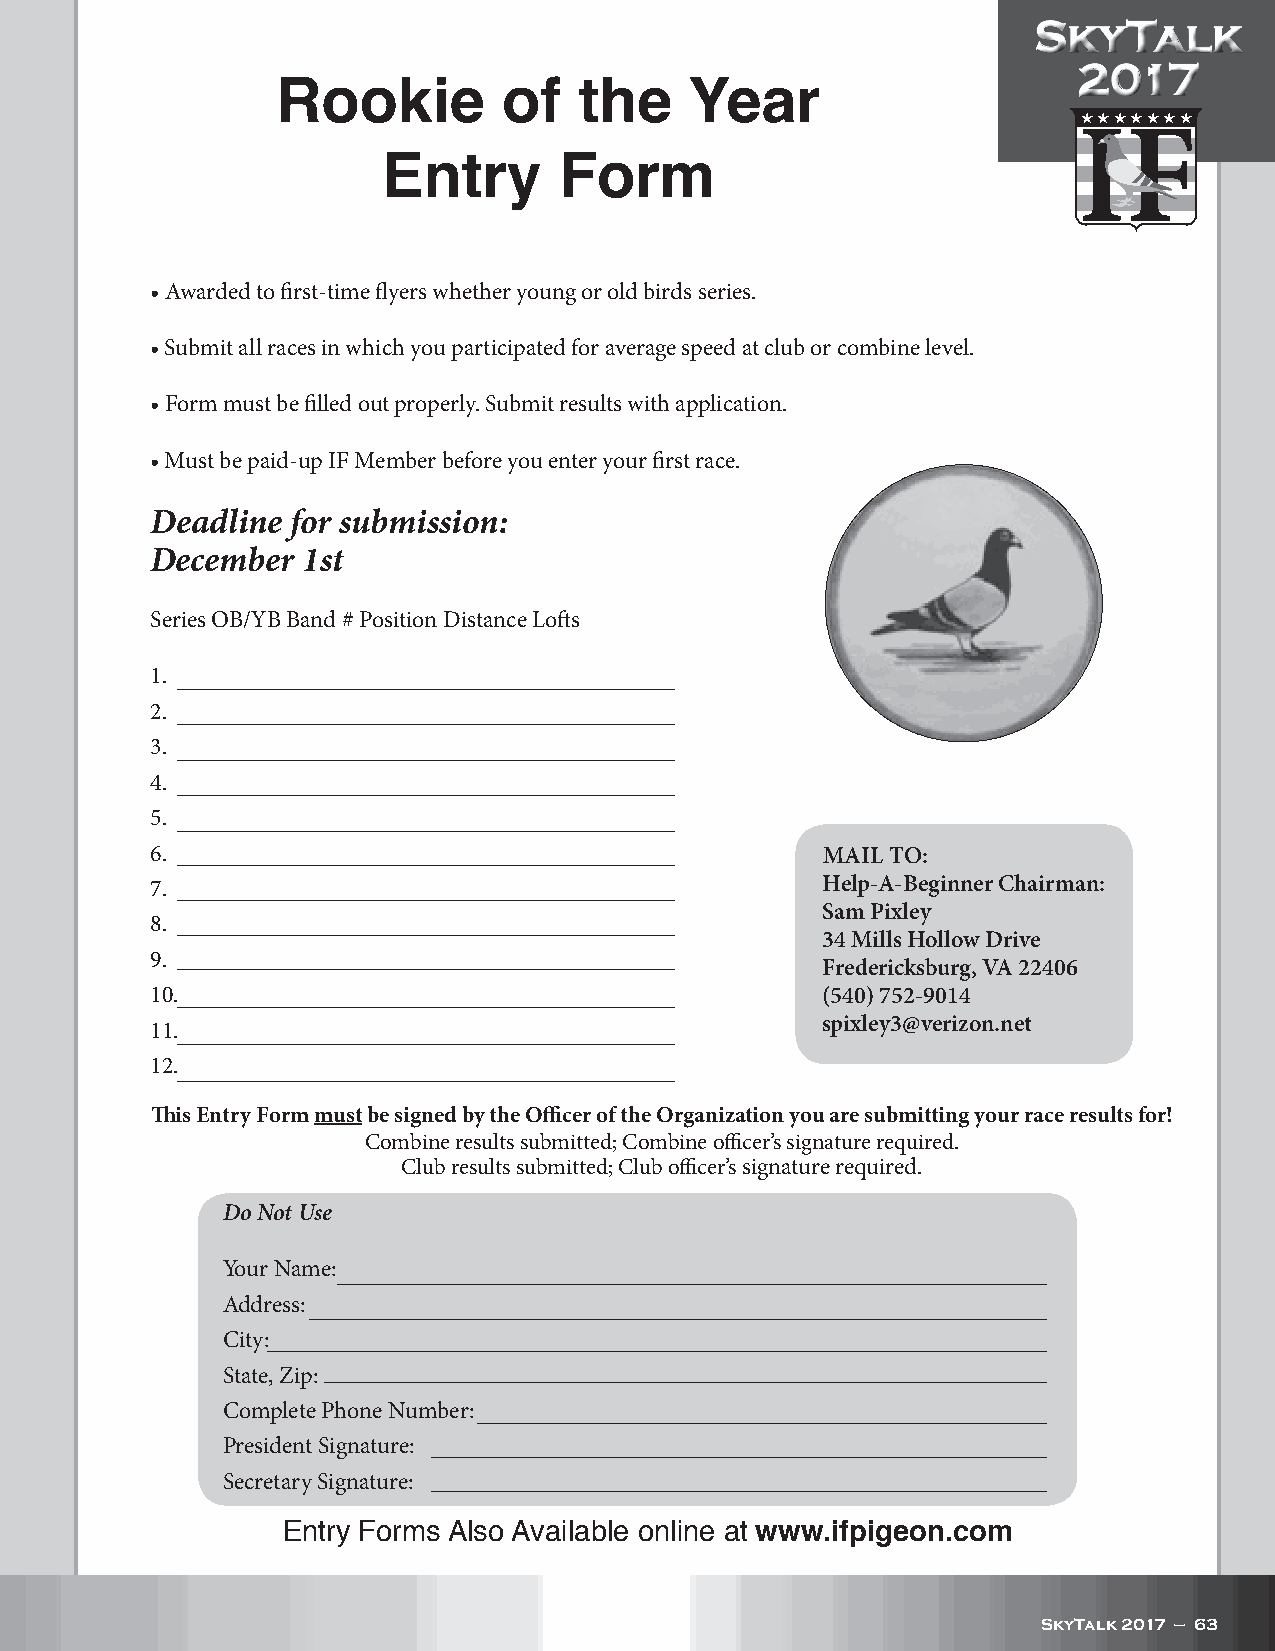
SkyTalk
 2017
 Rookie         of   the     Year
 H H H H H H H
 Entry       Form
 • Awarded to first-time flyers whether young or old birds series.
 • Submit all races in which you participated for average speed at club or combine level.
 • Form must be filled out properly. Submit results with application.
 • Must be paid-up IF Member before you enter your first race.
 Deadline for submission:
 December  1st
 Series OB/YB Band # Position Distance Lofts
 1.
 2.
 3.
 4.
 5.
 6.                                          MAIL TO:
 7.                                          Help-A-Beginner Chairman:
 Sam Pixley
 8.
 34 Mills Hollow Drive
 9.
 Fredericksburg, VA 22406
 10.                                         (540) 752-9014
 spixley3@verizon.net
 11.
 12.
 This Entry Form must be signed by the Officer of the Organization you are submitting your race results for!
 Combine results submitted; Combine officer’s signature required.
 Club results submitted; Club officer’s signature required.
 Do Not Use
 Your Name:
 Address:
 City:
 State, Zip:
 Complete Phone Number:
 President Signature:
 Secretary Signature:
 Entry Forms Also Available online at www.ifpigeon.com
 SkyTalk 2017 — 63